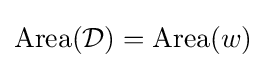
{\rm {Area}}({\mathcal {D}})={\rm {Area}}(w)